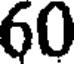
60